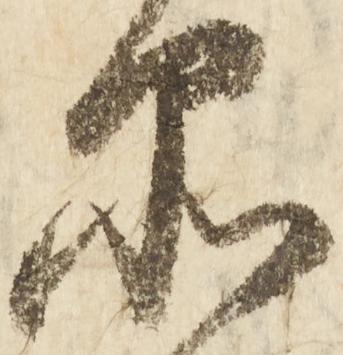
品